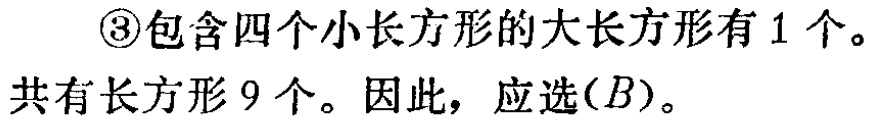
\textcircled{3}包含四个小长方形的大长方形有 1 个。
共有长方形 9 个。因此，应选\((B)\)。